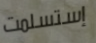
إستسلمت